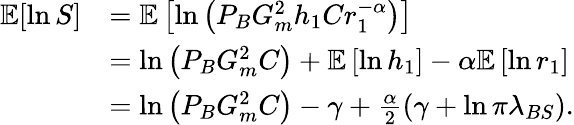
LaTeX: \begin{array}{rl}{\mathbb{E}[\ln S]}&{=\mathbb{E}\left[\ln\left(P_{B}G_{m}^{2}h_{1}Cr_{1}^{-\alpha}\right)\right]}\\ &{=\ln\left(P_{B}G_{m}^{2}C\right)+\mathbb{E}\left[\ln h_{1}\right]-\alpha\mathbb{E}\left[\ln r_{1}\right]}\\ &{=\ln\left(P_{B}G_{m}^{2}C\right)-\gamma+\frac{\alpha}{2}\left({\gamma+\ln\pi\lambda_{BS}}\right).}\end{array}